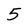
Character: 5